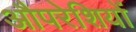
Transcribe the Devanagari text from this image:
औपरेशियों